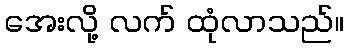
အေးလို့ လက် ထုံလာသည်။